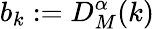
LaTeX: b_{k}:=D_{M}^{\alpha}(k)